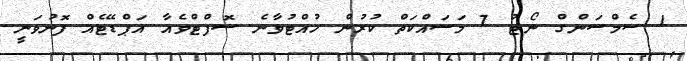
1 ސެމްސަންގް ނޯޓު 7 މަސައްކަތް ކުރުން ހުއްޓުުވާނެ ސޮފްޓްވެއާ އަޕްޑޭޓެއް ފޮނުވަނީ